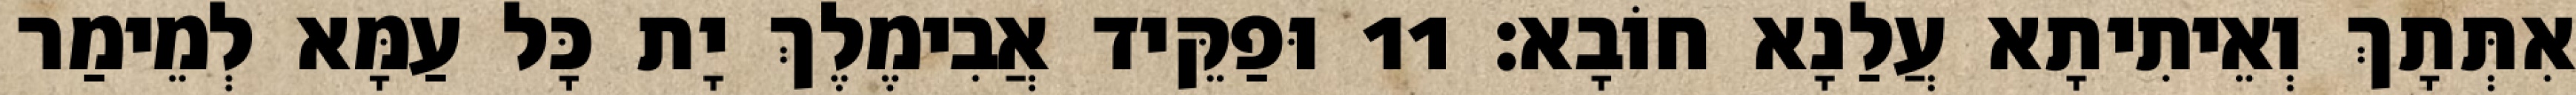
אִתְּתָךְ וְאֵיתִיתָא עֲלַנָא חוֹבָא׃ 11 וּפַקֵּיד אֲבִימֶלֶךְ יָת כָּל עַמָּא לְמֵימַר